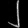
Digit: ၂